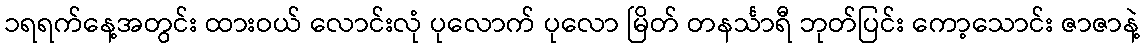
၁ရရက်နေ့အတွင်း ထားဝယ် လောင်းလုံ ပုလောက် ပုလော မြိတ် တနင်္သာရီ ဘုတ်ပြင်း ကော့သောင်း ဇာဇာနဲ့